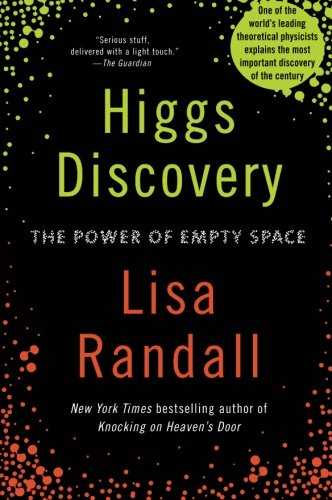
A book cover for Higgs Discovery: The Power of Empty Space; Lisa Randall; Science & Math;